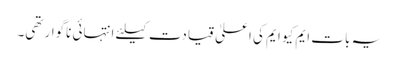
یہ بات ایم کیو ایم کی اعلیٰ قیادت کیلئے انتہائی ناگوار تھی۔